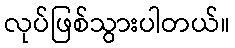
လုပ်ဖြစ်သွားပါတယ်။